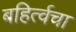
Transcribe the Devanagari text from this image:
बहिर्त्वचा